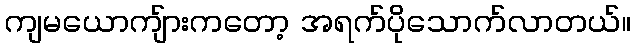
ကျမယောကျ်ားကတော့ အရက်ပိုသောက်လာတယ်။